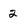
Character: 2